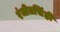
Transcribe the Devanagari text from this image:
रंजीतसिंही